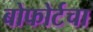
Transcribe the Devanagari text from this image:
बोफोर्टचा